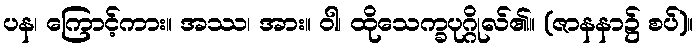
ပန၊ ကြောင့်ကား။ အဿ၊ အား။ ဝါ၊ ထိုသေက္ခပုဂ္ဂိုလ်၏။ (ဇာနနာ၌ စပ်)။